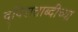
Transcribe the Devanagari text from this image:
द्विशताब्दीच्या